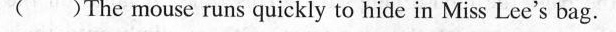
( )The mouse runs quickly to hide in Miss Lee's bag.